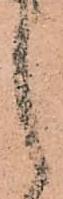
之